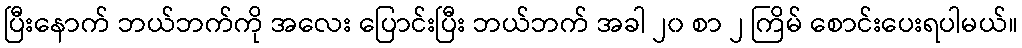
ပြီးနောက် ဘယ်ဘက်ကို အလေး ပြောင်းပြီး ဘယ်ဘက် အခါ ၂၀ စာ ၂ ကြိမ် စောင်းပေးရပါမယ်။